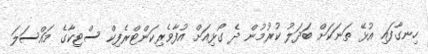
ހިނގާފައި އުޅޭ ތަނަކަށް ބަދަލު ކުރުމުން ދެ ގޯޅިއަށް އުފާވެރިކަންޓްރެފިކް ސްޓިކާގެ މައްސަލަ